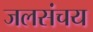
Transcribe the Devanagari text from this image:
जलसंचय